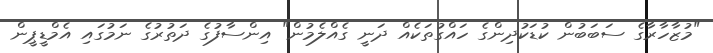
"މުޒާހާރާގެ ސަބަބުން ކުޑަކުދިންގެ ހައްގުތަކެއް ދަނީ ގެއްލެމުން" އިންސާފުގެ ދަތުރުގެ ނަމުގައި އެމްޑީޕީން